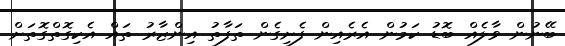
ބޭނުން ވާލެއް ބޮޑު ކަމުން އެރެއިން ފެށިގެން ތަފާތު އިންޒާރު ތައް އެކިގޮތްގޮތަށް